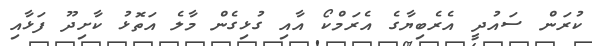
ކުރަން ސައުދީ އެރެބިޔާގެ އެރަމްކޯ އާއި ގުޅިގެން މާލެ އަތޮޅު ކާށިދޫ ފަޅާއި